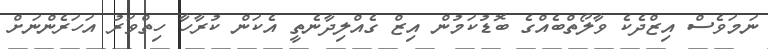
ނަމަވެސް އިޒްދެކެ ވާލޯތްބެއްގެ ބޮޑުކަމުން އިޒް ގެއްލިދާނެތީ އެކަން ކުރާހާ ހިތްވަރު އަހަރެންނަށް